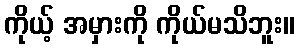
ကိုယ့် အမှားကို ကိုယ်မသိဘူး။